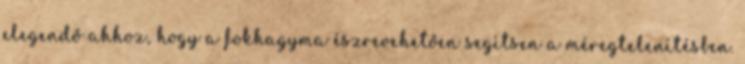
elegendő ahhoz, hogy a fokhagyma észrevehetően segítsen a méregtelenítésben.